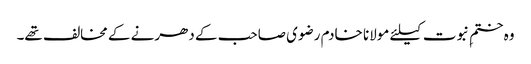
وہ ختمِ نبوت کیلئے مولانا خادم رضوی صاحب کے دھرنے کے مخالف تھے۔